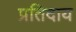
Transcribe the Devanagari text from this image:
प्रतिदाय